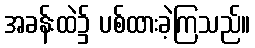
အခန်းထဲ၌ ပစ်ထားခဲ့ကြသည်။